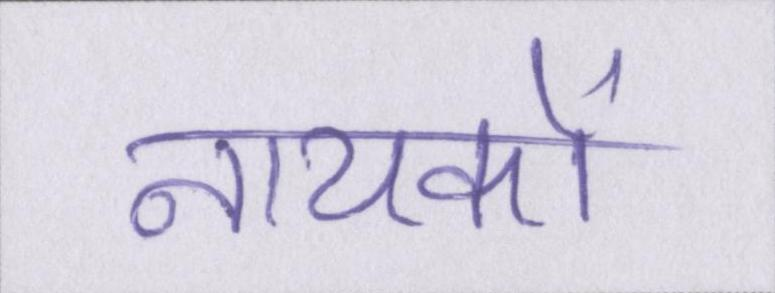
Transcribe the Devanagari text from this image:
नायकों